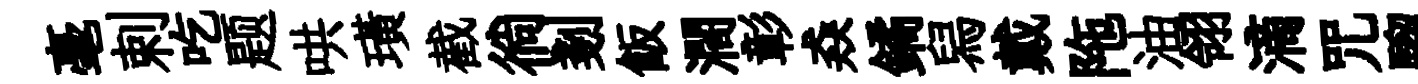
毫剌吃题哄璜截徜剗飯濶彰猋鐍舄戴陁油翎滴咒騮